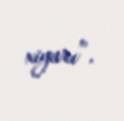
xiyarı”.